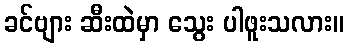
ခင်ဗျား ဆီးထဲမှာ သွေး ပါဖူးသလား။